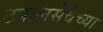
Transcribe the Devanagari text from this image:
टपालसेवेच्या